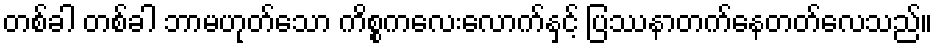
တစ်ခါ တစ်ခါ ဘာမဟုတ်သော ကိစ္စကလေးလောက်နှင့် ပြဿနာတက်နေတတ်လေသည်။